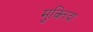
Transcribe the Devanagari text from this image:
मुक्‍तिदा